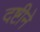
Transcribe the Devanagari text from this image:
दष्टीने